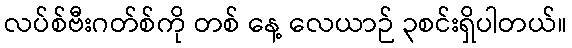
လပ်စ်ဗီးဂတ်စ်ကို တစ် နေ့ လေယာဉ် ၃စင်းရှိပါတယ်။